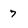
Character: 7